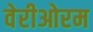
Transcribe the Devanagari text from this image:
वेरीओरम